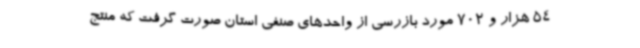
54 هزار و 702 مورد بازرسی از واحدهای صنفی استان صورت گرفت که منتج